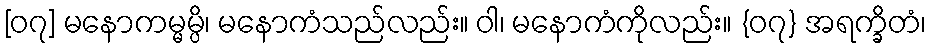
[၀၇] မနောကမ္မမ္ပိ၊ မနောကံသည်လည်း။ ဝါ၊ မနောကံကိုလည်း။ {၀၇} အရက္ခိတံ၊